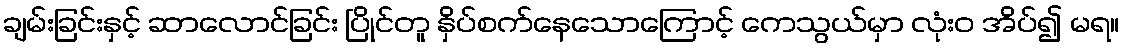
ချမ်းခြင်းနှင့် ဆာလောင်ခြင်း ပြိုင်တူ နှိပ်စက်နေသောကြောင့် ကေသွယ်မှာ လုံးဝ အိပ်၍ မရ။